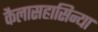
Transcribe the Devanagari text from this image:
कैलासहासिन्या